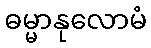
ဓမ္မာနုလောမံ